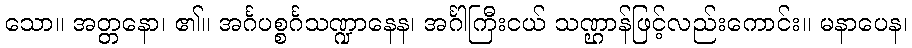
သော။ အတ္တနော၊ ၏။ အင်္ဂပစ္စင်္ဂသဏ္ဍာနေန၊ အင်္ဂါကြီးငယ် သဏ္ဌာန်ဖြင့်လည်းကောင်း။ မနာပေန၊